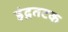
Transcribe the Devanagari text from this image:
इंद्रतटक